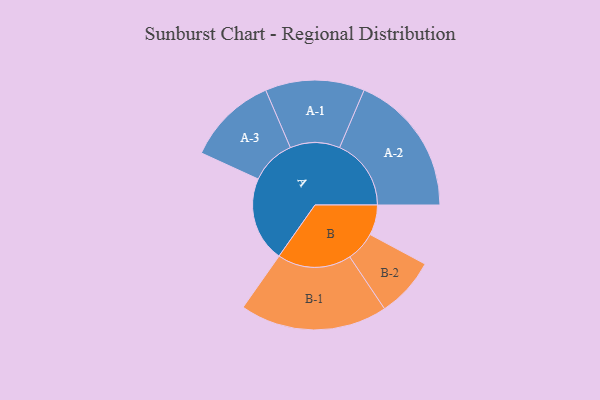
{"axis": {"x": "Segment", "y": "Value"}, "legend": ["", "A", "B"], "data": [{"x": "A", "y": 341, "type": ""}, {"x": "B", "y": 121, "type": ""}, {"x": "A-1", "y": 199, "type": "A"}, {"x": "A-2", "y": 287, "type": "A"}, {"x": "A-3", "y": 181, "type": "A"}, {"x": "B-1", "y": 296, "type": "B"}, {"x": "B-2", "y": 120, "type": "B"}]}